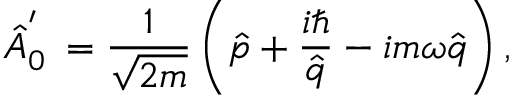
\hat { A } _ { 0 } ^ { ' \phantom { \dagger } } = \frac { 1 } { \sqrt { 2 m } } \left( \hat { p } + \frac { i \hbar } { \hat { q } } - i m \omega \hat { q } \right) ,